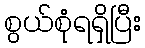
စွယ်စုံရရှိပြီး